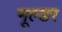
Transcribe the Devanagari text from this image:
मूल्डर